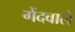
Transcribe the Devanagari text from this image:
गेंदवाले